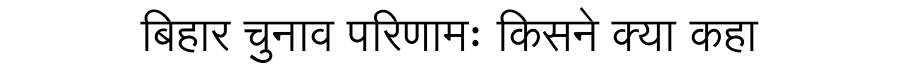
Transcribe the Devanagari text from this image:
बिहार चुनाव परिणामः किसने क्या कहा